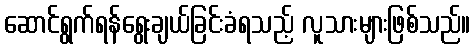
ဆောင်ရွက်ရန်ရွေးချယ်ခြင်းခံရသည့် လူသားများဖြစ်သည်။